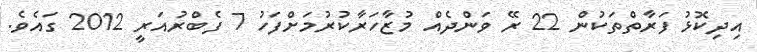
އިދިކޮޅު ފަރާތްތަކުން 22 ރޭ ވަންދެއް މުޒާހަރާކުރުމަށްފަހު 7 ފެބްރުއަރީ 2012 ގައެވެ.